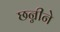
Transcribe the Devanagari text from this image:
छन्नीने